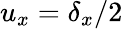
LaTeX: u_{x}=\delta_{x}/2